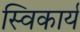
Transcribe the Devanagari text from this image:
स्विकार्य